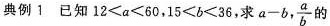
典例 1 已知$$1 2 < a < 6 0$$，$$1 5 < b < 3 6 $$，求 $$a - b$$, \frac{a}{b}的